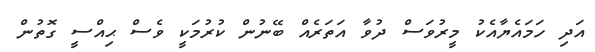
އަދި ހަމައެޔާއެކު މީރުވަސް ދުވާ އަތަރެއް ބޭނުން ކުރުމަކީ ވެސް ޙިއްސީ ގޮތުން